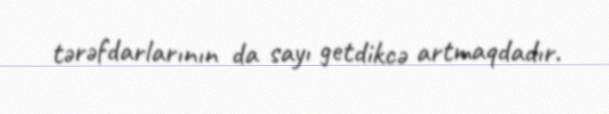
tərəfdarlarının da sayı getdikcə artmaqdadır.